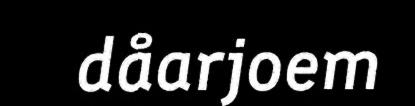
dåarjoem